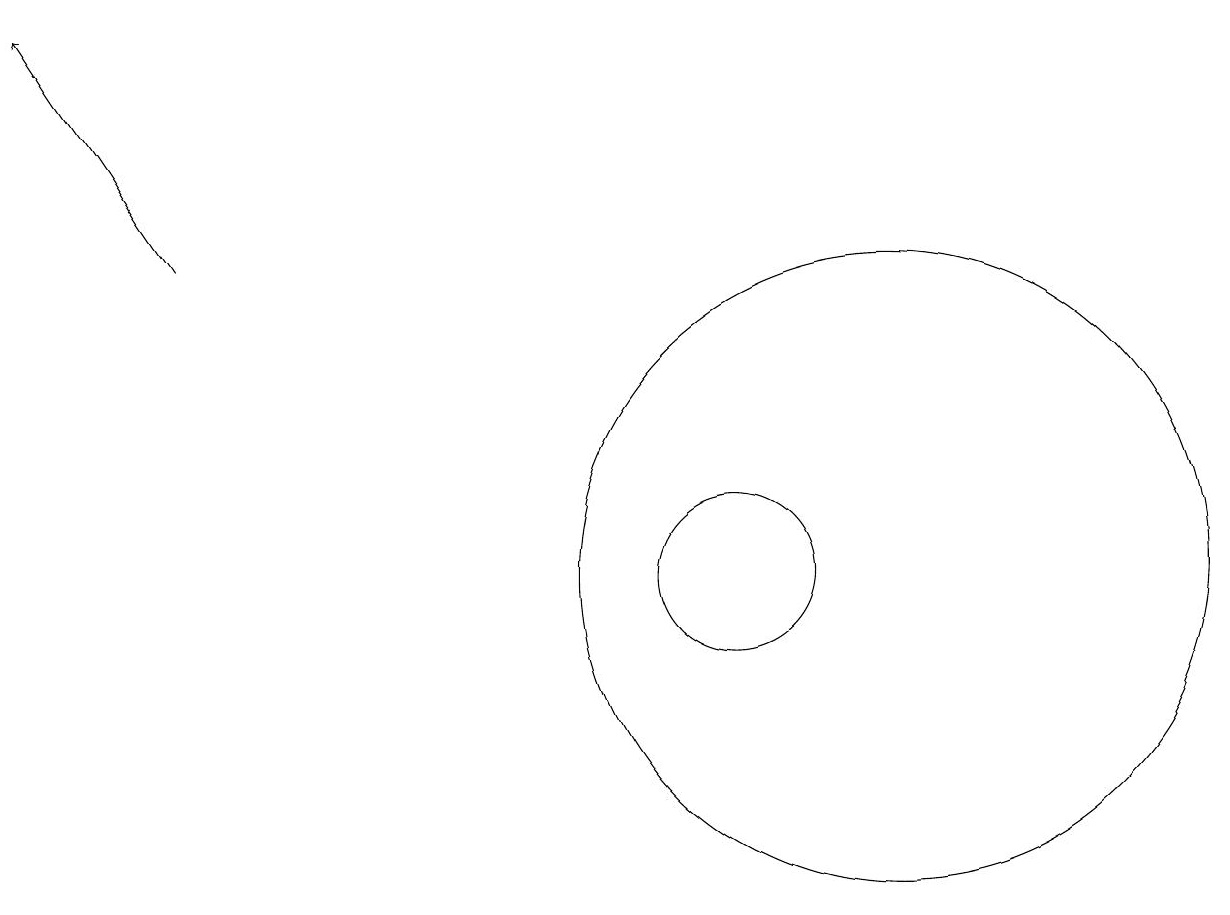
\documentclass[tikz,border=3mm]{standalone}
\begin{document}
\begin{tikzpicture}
\draw (12,10) circle (4);
\draw (10,10) circle (1);
\draw[->] (3,14) -- (1,17);
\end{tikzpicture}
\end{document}